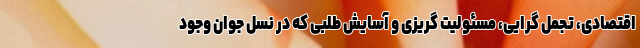
اقتصادی، تجمل گرایی، مسئولیت گریزی و آسایش طلبی که در نسل جوان وجود